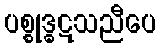
ပစ္စုဒ္ဓဋသညီပေ